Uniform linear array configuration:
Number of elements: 32
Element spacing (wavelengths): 0.75
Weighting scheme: kaiser
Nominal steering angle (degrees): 15
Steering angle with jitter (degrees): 14.455
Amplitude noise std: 0.05
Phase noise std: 0.05

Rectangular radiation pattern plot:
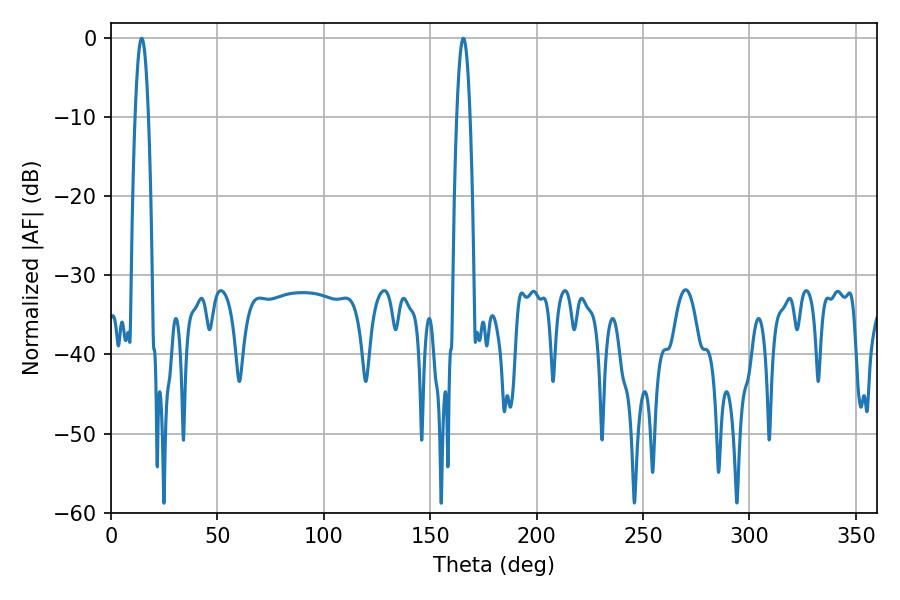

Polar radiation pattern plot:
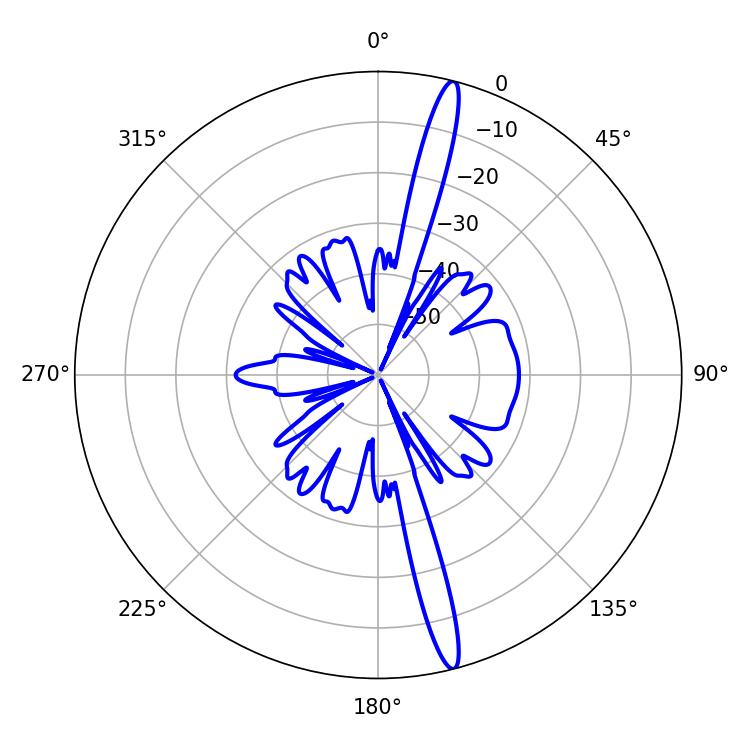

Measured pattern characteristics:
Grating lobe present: TRUE
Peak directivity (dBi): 17.836
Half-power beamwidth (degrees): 3.42
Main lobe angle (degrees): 14.4